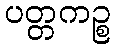
ပတ္တကဉ္စ